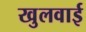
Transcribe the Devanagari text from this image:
खुलवाई